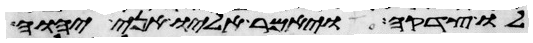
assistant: לו צדקה ויאמר אליו אני יהוה